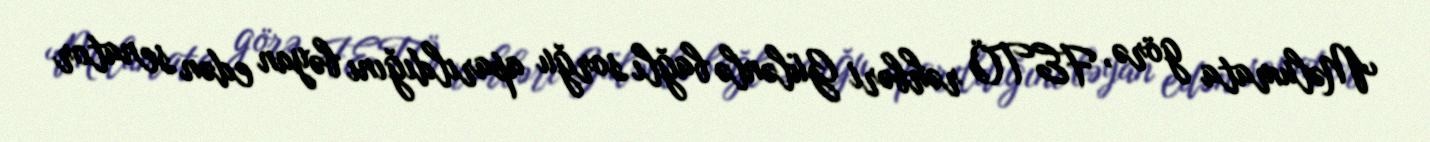
Məlumata görə, FETÖ rəhbəri Gülənlə bağlı sorğu aparıldığını bəyan edən senator